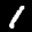
Label: 1